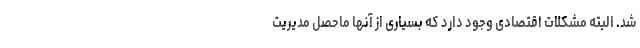
شد. البته مشکلات اقتصادی وجود دارد که بسیاری از آنها ماحصل مدیریت